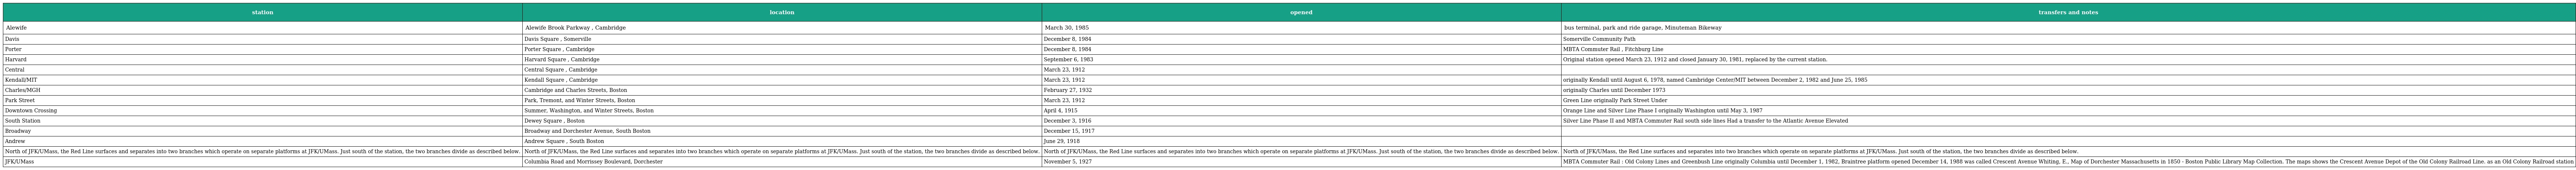
| station | location | opened | transfers and notes |
 | --- | --- | --- | --- |
 | Alewife | Alewife Brook Parkway , Cambridge | March 30, 1985 | bus terminal, park and ride garage, Minuteman Bikeway |
 | Davis | Davis Square , Somerville | December 8, 1984 | Somerville Community Path |
 | Porter | Porter Square , Cambridge | December 8, 1984 | MBTA Commuter Rail , Fitchburg Line |
 | Harvard | Harvard Square , Cambridge | September 6, 1983 | Original station opened March 23, 1912 and closed January 30, 1981, replaced by the current station. |
 | Central | Central Square , Cambridge | March 23, 1912 |  |
 | Kendall/MIT | Kendall Square , Cambridge | March 23, 1912 | originally Kendall until August 6, 1978, named Cambridge Center/MIT between December 2, 1982 and June 25, 1985 |
 | Charles/MGH | Cambridge and Charles Streets, Boston | February 27, 1932 | originally Charles until December 1973 |
 | Park Street | Park, Tremont, and Winter Streets, Boston | March 23, 1912 | Green Line originally Park Street Under |
 | Downtown Crossing | Summer, Washington, and Winter Streets, Boston | April 4, 1915 | Orange Line and Silver Line Phase I originally Washington until May 3, 1987 |
 | South Station | Dewey Square , Boston | December 3, 1916 | Silver Line Phase II and MBTA Commuter Rail south side lines Had a transfer to the Atlantic Avenue Elevated |
 | Broadway | Broadway and Dorchester Avenue, South Boston | December 15, 1917 |  |
 | Andrew | Andrew Square , South Boston | June 29, 1918 |  |
 | North of JFK/UMass, the Red Line surfaces and separates into two branches which operate on separate platforms at JFK/UMass. Just south of the station, the two branches divide as described below. | North of JFK/UMass, the Red Line surfaces and separates into two branches which operate on separate platforms at JFK/UMass. Just south of the station, the two branches divide as described below. | North of JFK/UMass, the Red Line surfaces and separates into two branches which operate on separate platforms at JFK/UMass. Just south of the station, the two branches divide as described below. | North of JFK/UMass, the Red Line surfaces and separates into two branches which operate on separate platforms at JFK/UMass. Just south of the station, the two branches divide as described below. |
 | JFK/UMass | Columbia Road and Morrissey Boulevard, Dorchester | November 5, 1927 | MBTA Commuter Rail : Old Colony Lines and Greenbush Line originally Columbia until December 1, 1982, Braintree platform opened December 14, 1988 was called Crescent Avenue Whiting, E., Map of Dorchester Massachusetts in 1850 - Boston Public Library Map Collection. The maps shows the Crescent Avenue Depot of the Old Colony Railroad Line. as an Old Colony Railroad station |